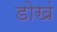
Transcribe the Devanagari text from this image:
डोखं